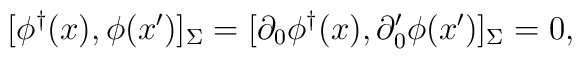
[\phi^{\dagger}(x),\phi(x')]_{\Sigma}=[\partial_0\phi^{\dagger}(x),\partial'_0\phi(x')]_{\Sigma}=0,